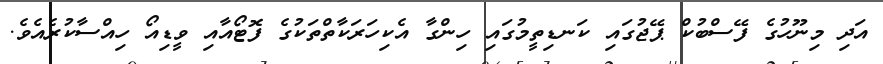
އަދި މިނޫހުގެ ފޭސްބުކް ޕޭޖުގައި ކަނޑިތީމުގައި ހިންގާ އެކިހަރަކާތްތަކުގެ ފޮޓޯއާއި ވީޑިއޯ ހިއްސާކުރެއެވެ.